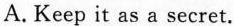
A.Keep it as a secret.